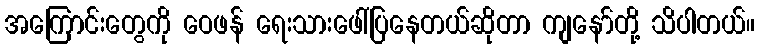
အကြောင်းတွေကို ဝေဖန် ရေးသားဖေါ်ပြနေတယ်ဆိုတာ ကျနော်တို့ သိပါတယ်။